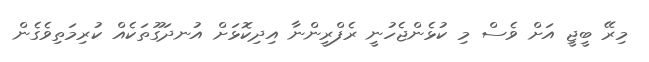
މިރޭ ބީޖީ އަށް ވެސް މި ކުޅެންޖެހުނީ ރެފްރީންނާ އިދިކޮޅަށް އުނދަގޫތަކެއް ކުރިމަތިވެގެން